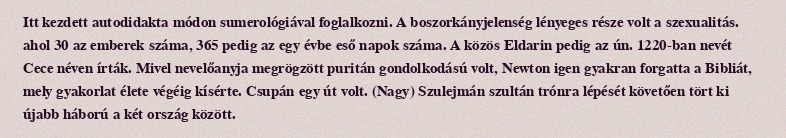
Itt kezdett autodidakta módon sumerológiával foglalkozni. A boszorkányjelenség lényeges része volt a szexualitás. ahol 30 az emberek száma, 365 pedig az egy évbe eső napok száma. A közös Eldarin pedig az ún. 1220-ban nevét Cece néven írták. Mivel nevelőanyja megrögzött puritán gondolkodású volt, Newton igen gyakran forgatta a Bibliát, mely gyakorlat élete végéig kísérte. Csupán egy út volt. (Nagy) Szulejmán szultán trónra lépését követően tört ki újabb háború a két ország között.